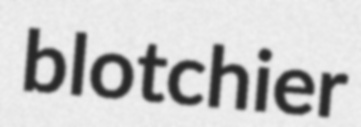
blotchier